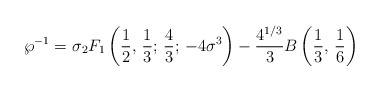
\begin{align*}\wp^{-1}=\sigma{_{2}F_{1}}\left({1\over2},\,{1\over3};\,{4\over3};\,-4\sigma^3\right)-{{4^{1/3}}\over3}B\left({1\over3},\,{1\over6}\right)\end{align*}